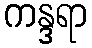
ကန္ဒရာ